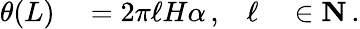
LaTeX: \begin{array}{rlrl}{\theta(L)}&{{}=2\pi\ell H\alpha\, ,}&{\ell}&{{}\in\mathbf N\, .}\end{array}